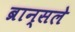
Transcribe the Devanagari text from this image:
ब्रान्सले